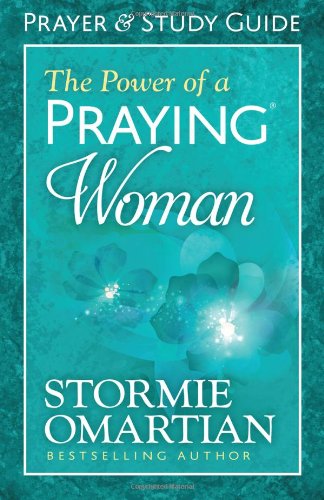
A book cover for The Power of a Praying Woman Prayer and Study Guide; Stormie Omartian; Religion & Spirituality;